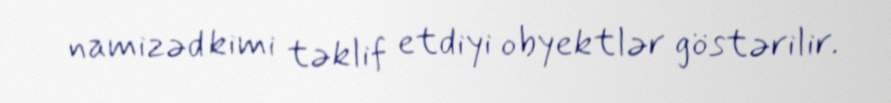
namizəd kimi təklif etdiyi obyektlər göstərilir.